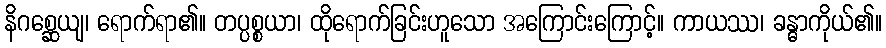
နိဂစ္ဆေယျ၊ ရောက်ရာ၏။ တပ္ပစ္စယာ၊ ထိုရောက်ခြင်းဟူသော အကြောင်းကြောင့်။ ကာယဿ၊ ခန္ဓာကိုယ်၏။